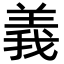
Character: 義